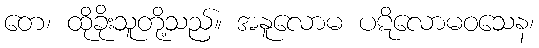
တေ၊ ထိုခိုးသူတို့သည်။ အနူလောမ ပဋိလောမဝသေန၊